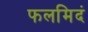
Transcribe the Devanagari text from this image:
फलमिदं